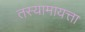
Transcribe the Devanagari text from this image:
तस्यामायत्ता